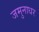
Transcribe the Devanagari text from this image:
जमुनाधर